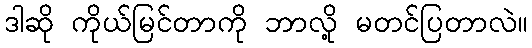
ဒါဆို ကိုယ်မြင်တာကို ဘာလို့ မတင်ပြတာလဲ။